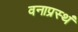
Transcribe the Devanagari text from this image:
वनाप्रस्थं